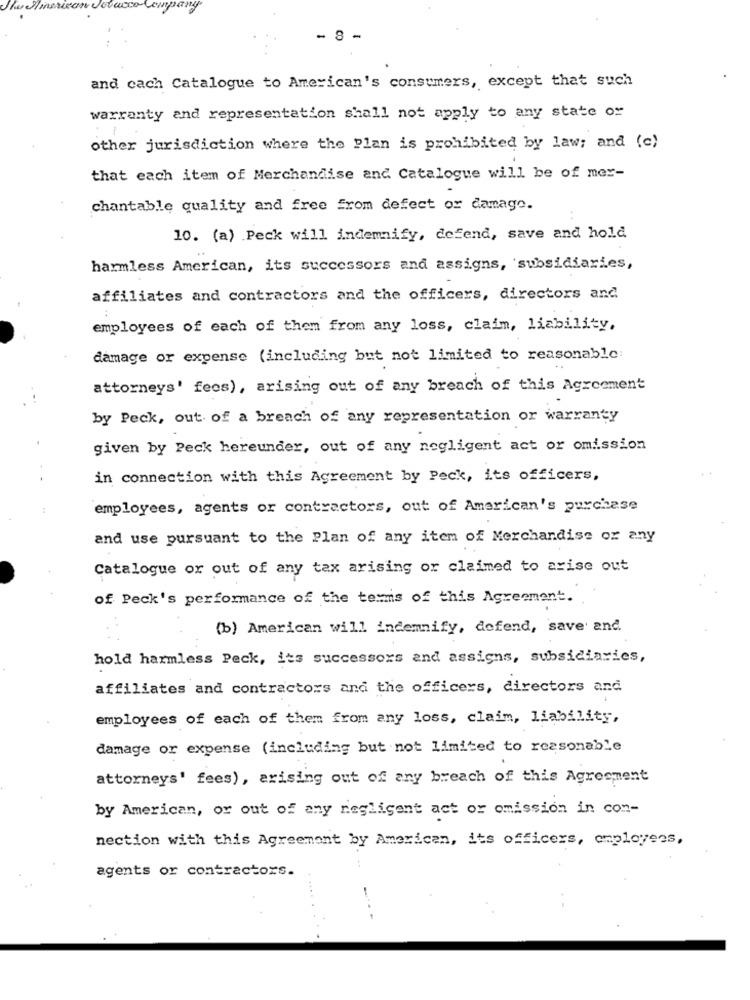
- 8 -
and cach Catalogue to American's consumers, except that such
warranty and representation shall not apply to any state or
other jurisdiction where the Plan is prohibited by law; and (c)
that each item of Merchandise and Catalogue will be of mer-
chantable quality and free from defect or damage.
10. (a) Peck will indemnify, defend, save and hold
harmless American, its successors and assigns, subsidiaries,
affiliates and contractors and the officers, directors and.
employees of each of them from any loss, claim, liability,
damage or expense (including but not limited to reasonable:
attorneys' fees), arising out of any breach of this Agreement
by Peck, out of a breach of any representation or warranty
given by Peck hereunder, out of any negligent act or omission
in connection with this Agreement by Peck, its officers,
employees, agents or contractors, out of American's purchase
and use pursuant to the Plan of any item of Merchandise or any
Catalogue or out of any tax arising or claimed to arise out
of Peck's performance of the terms of this Agreement.
(b) American will indemnify, defend, save and
hold harmless Peck, its successors and assigns, subsidiaries,
affiliates and contractors and the officers, directors and
employees of each of them from any loss, claim, liability,
damage or expense (including but not limited to reasonable
attorneys' fees), arising out of any breach of this Agreement
by American, or out of any negligent act or omission in con-
nection with this Agreement by American, its officers, employees,
agents or contractors.
...